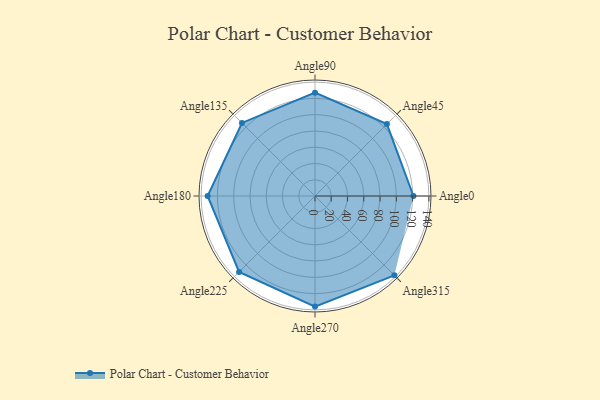
{"axis": {"x": "Angle", "y": "Radius"}, "legend": [""], "data": [{"x": "Angle0", "y": 121.0, "type": ""}, {"x": "Angle45", "y": 125.0, "type": ""}, {"x": "Angle90", "y": 127.0, "type": ""}, {"x": "Angle135", "y": 127.0, "type": ""}, {"x": "Angle180", "y": 132.0, "type": ""}, {"x": "Angle225", "y": 132.0, "type": ""}, {"x": "Angle270", "y": 136.0, "type": ""}, {"x": "Angle315", "y": 138.0, "type": ""}]}